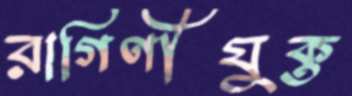
রাগিণীযুক্ত